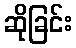
ဆိုခြင်း